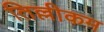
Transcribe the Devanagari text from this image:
तिल्लीकम